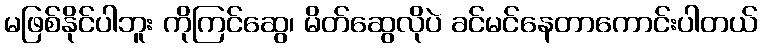
မဖြစ်နိုင်ပါဘူး ကိုကြင်ဆွေ၊ မိတ်ဆွေလိုပဲ ခင်မင်နေတာကောင်းပါတယ်